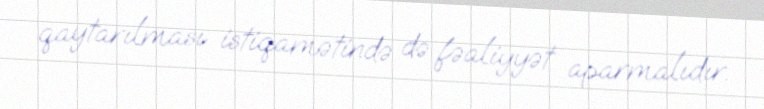
qaytarılması istiqamətində də fəaliyyət aparmalıdır.